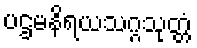
ပဌမနိရယသဂ္ဂသုတ္တံ